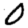
Digit: 0